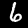
Digit: 6